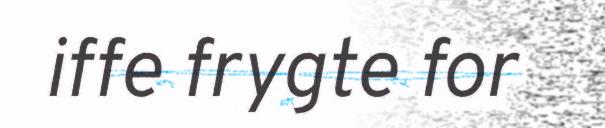
iffe frygte for